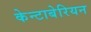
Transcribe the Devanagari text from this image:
केन्टाबेरियन